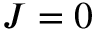
J = 0